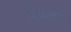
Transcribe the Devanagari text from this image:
एंकेर